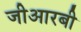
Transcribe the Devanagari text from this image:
जीआरबी